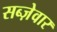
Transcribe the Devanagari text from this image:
सब्ज़ेवार